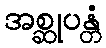
အစ္ဆုပန္တံ